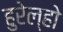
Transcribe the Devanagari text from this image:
हुरेल्हो